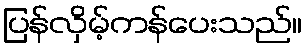
ပြန်လှိမ့်ကန်ပေးသည်။